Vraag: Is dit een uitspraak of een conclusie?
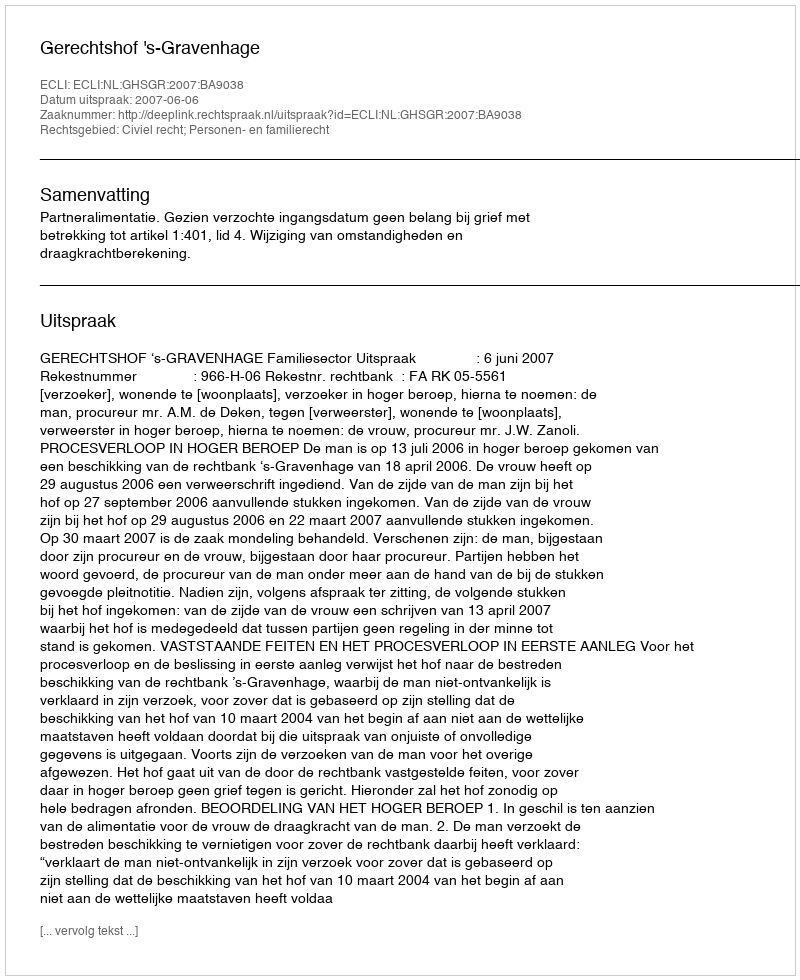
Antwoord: Uitspraak